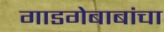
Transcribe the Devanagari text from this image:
गाडगेबाबांचा